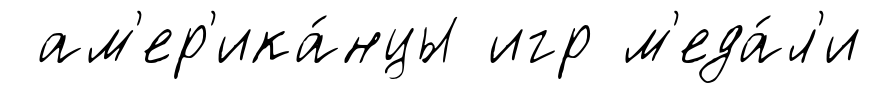
ам'ер'ика́нцы игр м'еда́л'и